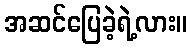
အဆင်ပြေခဲ့ရဲ့လား။